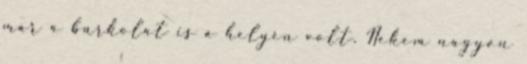
már a burkolat is a helyén volt. Nekem nagyon